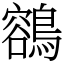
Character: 𪃾